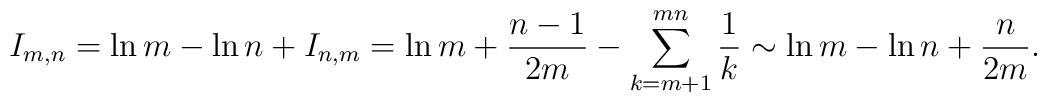
I_{m,n}=\ln m - \ln n + I_{n,m}	= \ln m + \frac{n-1}{2m}-\sum_{k=m+1}^{mn}\frac{1}{k}	\sim \ln m - \ln n + \frac{n}{2m}.